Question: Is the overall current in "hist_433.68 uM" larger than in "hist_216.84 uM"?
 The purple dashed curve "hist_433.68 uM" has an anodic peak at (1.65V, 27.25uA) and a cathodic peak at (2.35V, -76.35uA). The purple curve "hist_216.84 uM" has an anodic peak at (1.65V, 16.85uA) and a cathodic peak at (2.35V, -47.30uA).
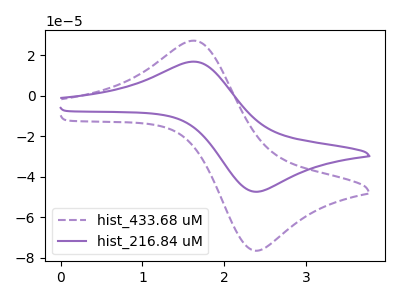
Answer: <think>All the peaks in "hist_433.68 uM" have a peak in "hist_216.84 uM" at the same potential. Every peak in "hist_433.68 uM" is higher than every peak in "hist_216.84 uM".
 </think>
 <answer>"hist_433.68 uM" has more signal than "hist_216.84 uM".</answer>
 <eval>more_signal</eval>